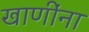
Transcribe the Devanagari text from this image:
खाणींना